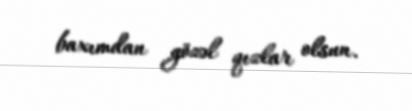
baxımdan gözəl qızlar olsun.